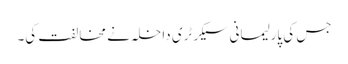
جس کی پارلیمانی سیکرٹری داخلہ نے مخالفت کی۔